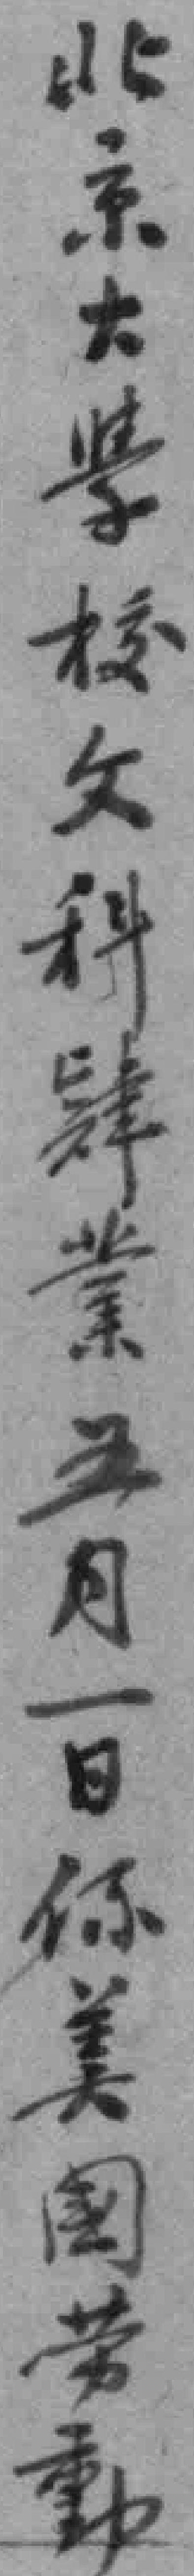
北京大學校文科肆業五月一日係美國劳動